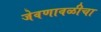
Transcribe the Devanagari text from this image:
जेवणावळीचा